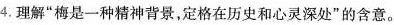
4.理解”梅是一种精神背景，定格在历史和心灵深处”的含意。